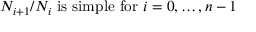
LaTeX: N _ { i + 1 } / N _ { i } { \mathrm { ~ i s ~ s i m p l e ~ f o r ~ } } i = 0 , \dots , n - 1